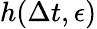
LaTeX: h(\Delta t,\epsilon)